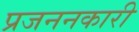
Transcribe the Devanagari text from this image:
प्रजननकारी